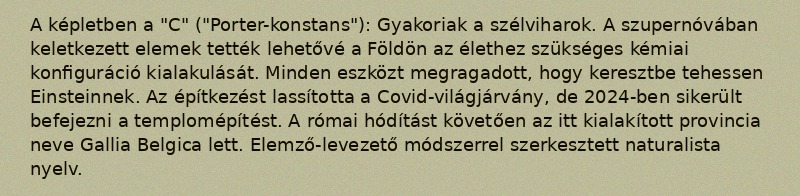
A képletben a "C" ("Porter-konstans"): Gyakoriak a szélviharok. A szupernóvában keletkezett elemek tették lehetővé a Földön az élethez szükséges kémiai konfiguráció kialakulását. Minden eszközt megragadott, hogy keresztbe tehessen Einsteinnek. Az építkezést lassította a Covid-világjárvány, de 2024-ben sikerült befejezni a templomépítést. A római hódítást követően az itt kialakított provincia neve Gallia Belgica lett. Elemző-levezető módszerrel szerkesztett naturalista nyelv.